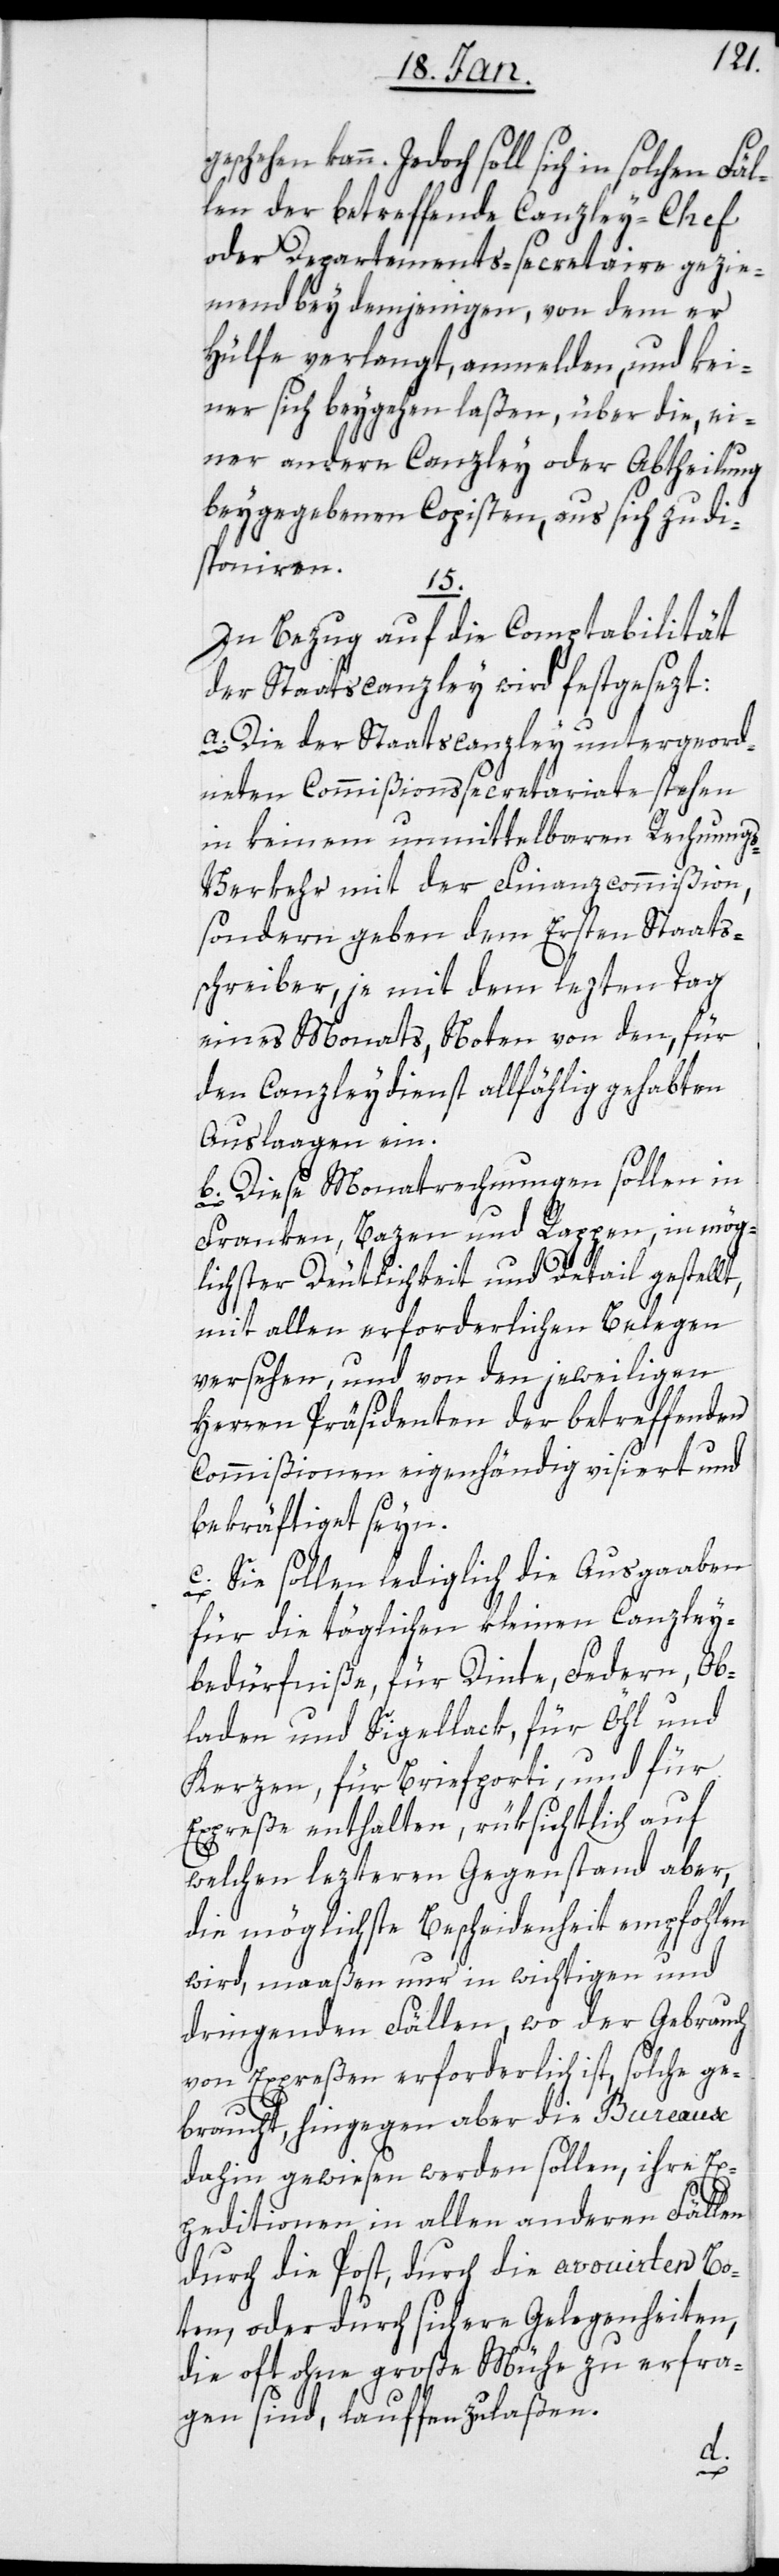
Jedoch soll sich in solchen Fäl¬
len der betreffende Canzley-Chef
oder Departements-secretaire gezie¬
mend bey demjenigen, von dem er
Hülfe verlangt, anmelden, und kei¬
ner sich beygehen laßen, über die, ei¬
ner andern Canzley oder Abtheilung
beygegebenen Copisten, aus sich zu di¬
sponiren.
15.
In Bezug auf die Comptabilität
der Staatscanzley wird festgesezt:
a) Die der Staatscanzley untergeord¬
neten Commißionssecretariate stehen
in keinem unmittelbaren Rechnung¬
s-Verkehr mit der Finanzcommißion,
sondern geben dem Ersten Staats¬
chreiber, je mit dem lezten Tag
eines Monats, Noten von den, für
den Canzleydienst allfählig gehabten
Auslaagen ein.
b) Diese Monatrechnungen sollen in
Franken, Bazen und Rappen, in mög¬
lichster Deutlichkeit und Detail gestell¬
mit allen erforderlichen Belegen
versehen, und von den jeweiligen
Herren Präsidenten der betreffenden
Commißionen eigenhändig visiert und
bekräftiget seyn.
c) Sie sollen, lediglich die Ausgaaben
für die täglichen kleinen Canzley¬
bedürfniße, für Dinte, Federn, Ob¬
laden und Sigellack, für Öhl und
Kerzen, für Briefporti, und für
Expreße enthalten, rüksichtlich auf
welchen lezteren Gegenstand aber,
die möglichste Bescheidenheit empfohlen
wird, maaßen nur in wichtigen und
dringenden Fällen, wo der Gebrauch
von Expreßen erforderlich ist, solche ge¬
t,
braucht, hingegen aber die Bureaux
dahin gewiesen werden sollen, ihre Ex¬
peditionen in allen anderen Fällen
durch die Post, durch die avouierten Bo¬
ten, oder durch sichere Gelegenheiten,
die oft ohne große Mühe zu erfra¬
gen sind, lauffen zu laßen.